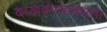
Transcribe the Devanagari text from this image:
दाखवण्याकरता